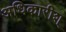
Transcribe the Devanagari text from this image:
अधिकारीश्